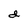
Character: d